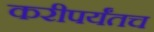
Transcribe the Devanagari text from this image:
करीपर्यंतच